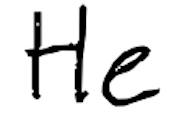
Text: He
Cross-out: clean
Writing tool: digital_black